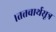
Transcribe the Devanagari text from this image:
।तत्तवार्थसूत्र